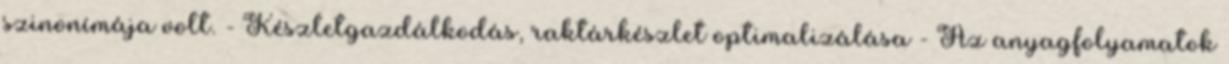
szinonímája volt. - Készletgazdálkodás, raktárkészlet optimalizálása - Az anyagfolyamatok